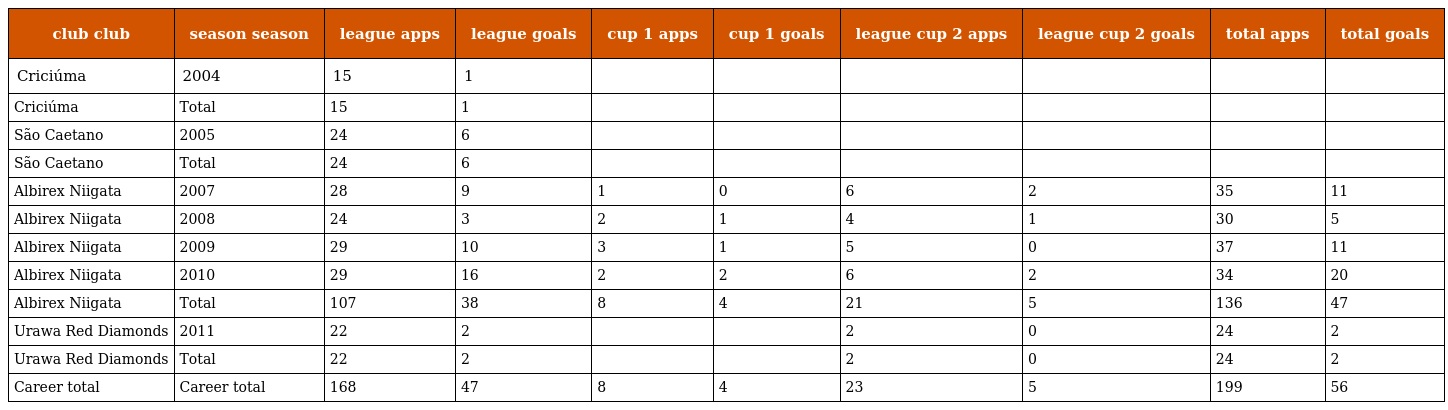
| club club | season season | league apps | league goals | cup 1 apps | cup 1 goals | league cup 2 apps | league cup 2 goals | total apps | total goals |
 | --- | --- | --- | --- | --- | --- | --- | --- | --- | --- |
 | Criciúma | 2004 | 15 | 1 |  |  |  |  |  |  |
 | Criciúma | Total | 15 | 1 |  |  |  |  |  |  |
 | São Caetano | 2005 | 24 | 6 |  |  |  |  |  |  |
 | São Caetano | Total | 24 | 6 |  |  |  |  |  |  |
 | Albirex Niigata | 2007 | 28 | 9 | 1 | 0 | 6 | 2 | 35 | 11 |
 | Albirex Niigata | 2008 | 24 | 3 | 2 | 1 | 4 | 1 | 30 | 5 |
 | Albirex Niigata | 2009 | 29 | 10 | 3 | 1 | 5 | 0 | 37 | 11 |
 | Albirex Niigata | 2010 | 29 | 16 | 2 | 2 | 6 | 2 | 34 | 20 |
 | Albirex Niigata | Total | 107 | 38 | 8 | 4 | 21 | 5 | 136 | 47 |
 | Urawa Red Diamonds | 2011 | 22 | 2 |  |  | 2 | 0 | 24 | 2 |
 | Urawa Red Diamonds | Total | 22 | 2 |  |  | 2 | 0 | 24 | 2 |
 | Career total | Career total | 168 | 47 | 8 | 4 | 23 | 5 | 199 | 56 |